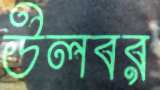
উলবর